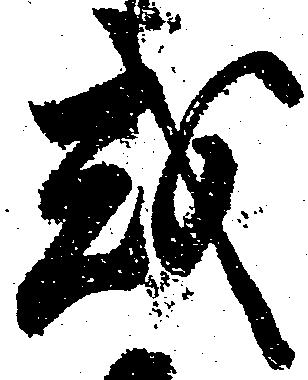
或